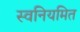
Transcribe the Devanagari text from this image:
स्वनियमित